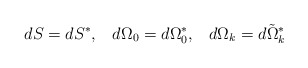
\begin{align*}dS=dS^{*},\;\;\;d\Omega_{0}=d\Omega_{0}^{*},\;\;\;d\Omega_{k}=d\tilde{\Omega}_{k}^{*}\end{align*}